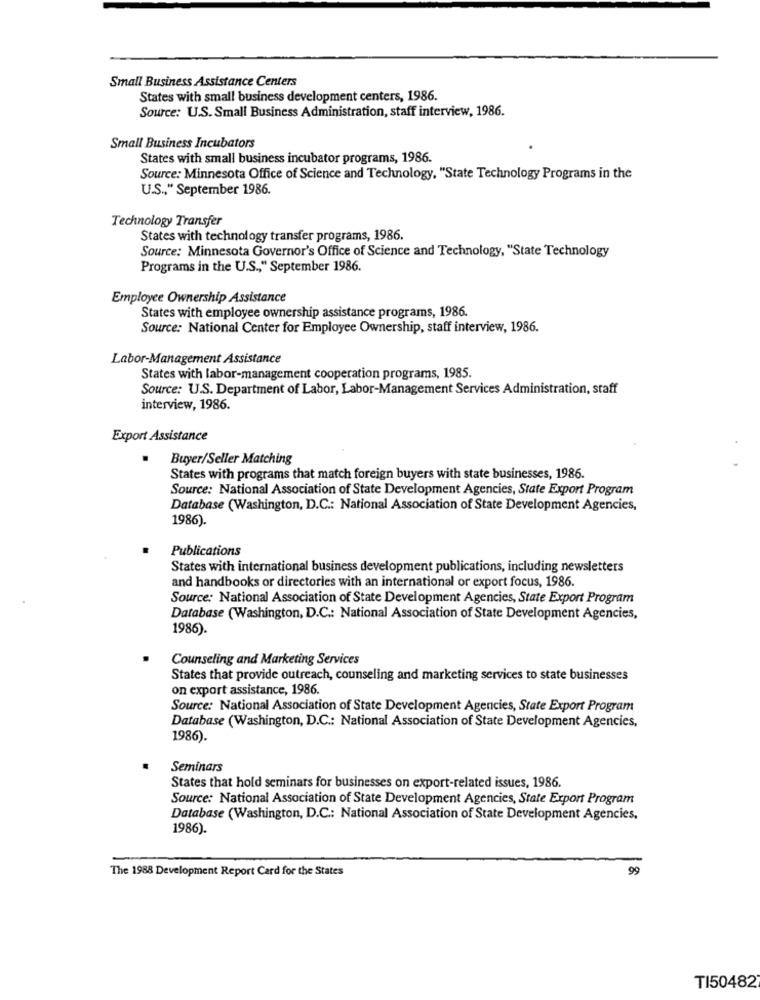
Small Business Assistance Centers
States with small business development centers, 1986.
Source: U.S. Small Business Administration, staff interview, 1986.
Small Business Incubators
States with small business incubator programs, 1986.
Source: Minnesota Office of Science and Technology, "State Technology Programs in the
U.S ., “ September 1986.
Technology Transfer
States with technology transfer programs, 1986.
Source: Minnesota Governor's Office of Science and Technology, "State Technology
Programs in the U.S ., " September 1986.
Employee Ownership Assistance
States with employee ownership assistance programs, 1986.
Source: National Center for Employee Ownership, staff interview, 1986.
Labor-Management Assistance
States with labor-management cooperation programs, 1985.
Source: U.S. Department of Labor, Labor-Management Services Administration, staff
interview, 1986.
Export Assistance
Buyer/Seller Matching
States with programs that match foreign buyers with state businesses, 1986.
Source: National Association of State Development Agencies, State Export Program
Database (Washington, D.C .: National Association of State Development Agencies,
1986)
Publications
States with international business development publications, including newsletters
and handbooks or directories with an international or export focus, 1986.
Source: National Association of State Development Agencies, State Export Program
Database (Washington, D.C .: National Association of State Development Agencies,
1986).
Counseling and Marketing Services
States that provide outreach, counseling and marketing services to state businesses
on export assistance, 1986.
Source: National Association of State Development Agencies, State Export Program
Database (Washington, D.C .: National Association of State Development Agencies,
1986).
Seminars
States that hold seminars for businesses on export-related issues, 1986.
Source: National Association of State Development Agencies, State Export Program
Database (Washington, D.C .: National Association of State Development Agencies,
1986).
The 1988 Development Report Card for the States
99
TI50482